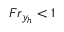
F r _ { y _ { h } } < 1